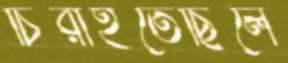
চিরাইতেছিলে